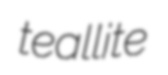
teallite